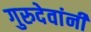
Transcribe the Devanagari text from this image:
गुरुदेवांनी